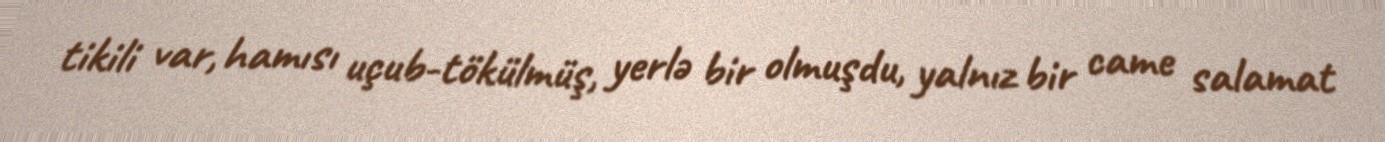
tikili var, hamısı uçub-tökülmüş, yerlə bir olmuşdu, yalnız bir came salamat